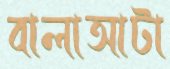
বালাআটা